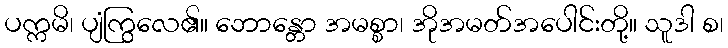
ပက္ကမိ၊ ပျံကြွလေ၏။ ဘောန္တော အမစ္စာ၊ အိုအမတ်အပေါင်းတို့။ သူဒါ စ၊